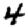
Digit: 4